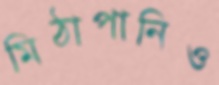
মিঠাপানিও